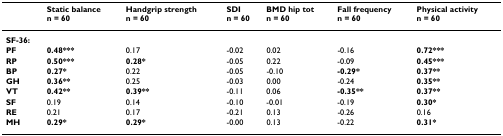
<table><thead><tr><td></td><td><b>Static balancen = 60</b></td><td><b>Handgrip strengthn = 60</b></td><td><b>SDIn = 60</b></td><td><b>BMD hip totn = 60</b></td><td><b>Fall frequencyn = 60</b></td><td><b>Physical activityn = 60</b></td></tr></thead><tbody><tr><td><b>SF-36:</b></td><td></td><td></td><td></td><td></td><td></td><td></td></tr><tr><td><b>PF</b></td><td><b>0.48***</b></td><td>0.17</td><td>-0.02</td><td>0.02</td><td>-0.16</td><td><b>0.72***</b></td></tr><tr><td><b>RP</b></td><td><b>0.50***</b></td><td><b>0.28*</b></td><td>-0.05</td><td>0.22</td><td>-0.09</td><td><b>0.45***</b></td></tr><tr><td><b>BP</b></td><td><b>0.27*</b></td><td>0.22</td><td>-0.05</td><td>-0.10</td><td><b>-0.29*</b></td><td><b>0.37**</b></td></tr><tr><td><b>GH</b></td><td><b>0.36**</b></td><td>0.25</td><td>-0.03</td><td>0.00</td><td>-0.24</td><td><b>0.35**</b></td></tr><tr><td><b>VT</b></td><td><b>0.42**</b></td><td><b>0.39**</b></td><td>-0.11</td><td>0.06</td><td><b>-0.35**</b></td><td><b>0.37**</b></td></tr><tr><td><b>SF</b></td><td>0.19</td><td>0.14</td><td>-0.10</td><td>-0.01</td><td>-0.19</td><td><b>0.30*</b></td></tr><tr><td><b>RE</b></td><td>0.21</td><td>0.17</td><td>-0.21</td><td>0.13</td><td>-0.26</td><td>0.16</td></tr><tr><td><b>MH</b></td><td><b>0.29*</b></td><td><b>0.29*</b></td><td>-0.00</td><td>0.13</td><td>-0.22</td><td><b>0.31*</b></td></tr></tbody></table>